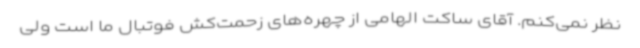
نظر نمی‌کنم. آقای ساکت الهامی از چهره‌های زحمت‌کش فوتبال ما است ولی